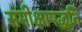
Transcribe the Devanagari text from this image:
समीक्षापद्धति